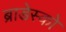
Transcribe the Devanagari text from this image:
ब्राडेस्को